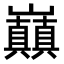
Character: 𭗸